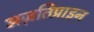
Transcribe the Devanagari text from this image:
अज़तिप्राइन